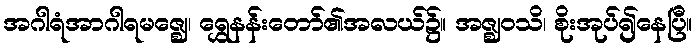
အဂါရံအာဂါရမဇ္ဈေ၊ ရွှေနန်းတော်၏အလယ်၌။ အဇ္ဈဝသိ၊ စိုးအုပ်၍နေပြီ။